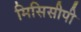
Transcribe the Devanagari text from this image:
मिसिसीपी